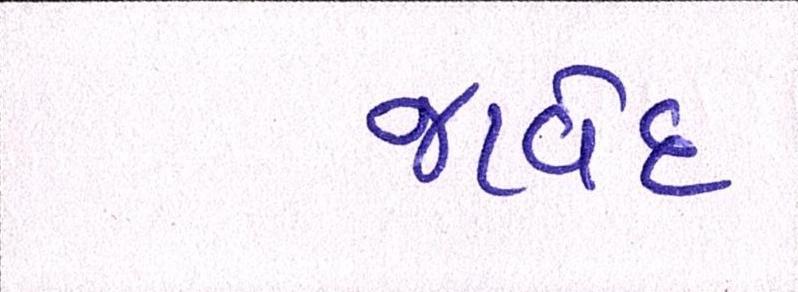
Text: જાવેદ